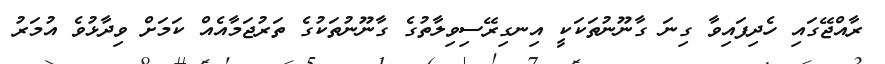
ރާއްޖޭގައި ހެދިފައިވާ ގިނަ ގާނޫނުތަކަކީ އިނގިރޭސިވިލާތުގެ ގާނޫނުތަކުގެ ތަރުޖަމާއެއް ކަމަށް ވިދާޅުވެ އުމަރު